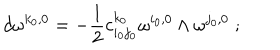
d \omega ^ { k _ { 0 } , 0 } = - \frac { 1 } { 2 } c _ { i _ { 0 } j _ { 0 } } ^ { k _ { 0 } } \omega ^ { i _ { 0 } , 0 } \wedge \omega ^ { j _ { 0 } , 0 } \; ;